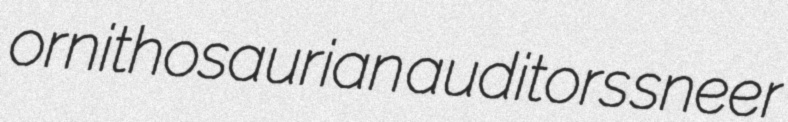
ornithosaurian auditors sneer